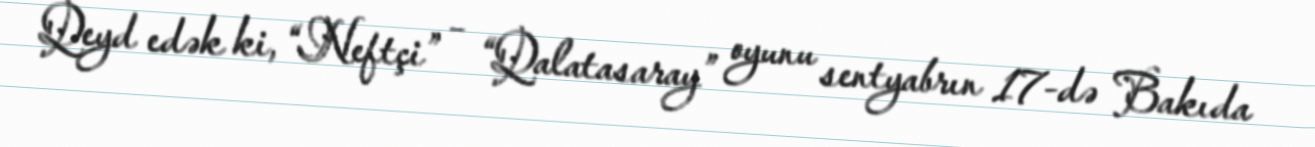
Qeyd edək ki, “Neftçi” – “Qalatasaray” oyunu sentyabrın 17-də Bakıda